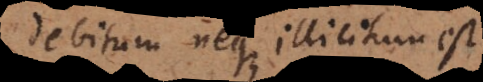
debitum neque illicitum est.